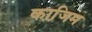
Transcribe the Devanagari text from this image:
का़जि़म